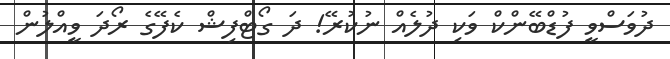
ދުވަސްވީ ފުޑްބޭންކް ވަކި ދުލެއް ނުކުރޭ! ދަ ގޯޓްފިޝް ކެފޭގެ ރޯދަ ވީއްލުން